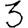
Digit: 3